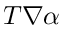
T \nabla \alpha